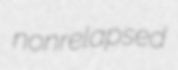
nonrelapsed